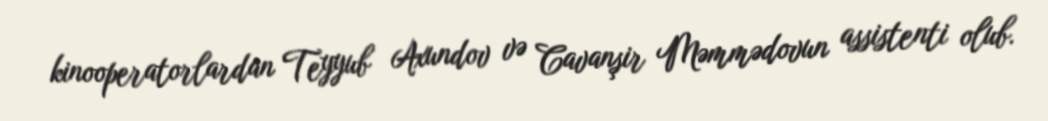
kinooperatorlardan Teyyub Axundov və Cavanşir Məmmədovun assistenti olub.